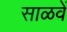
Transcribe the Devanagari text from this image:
साळवें